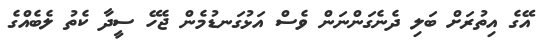
އޭގެ އިތުރަށް ބަލި ދެނެގަންނަން ވެސް އަޅުގަނޑުމެން ޖެހޭ ސީދާ ކެތު ލެބެއްގެ